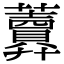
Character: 𧅎